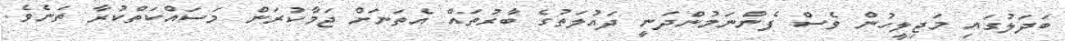
ބަދަލުގައި މަޖިލީހުން ވެސް ފެންނަމުންދަނީ ދައުލަތުގެ ބާރުތައް އެތަނަށް ޖަމާކުރަން މަސައްކަތްކުރާ ތަނެވެ.